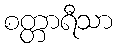
စတ္တာရီသာ